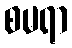
စမရာ